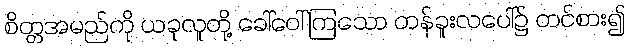
စိတ္တအမည်ကို ယခုလူတို့ ခေါ်ဝေါ်ကြသော တန်ခူးလပေါ်၌ တင်စား၍